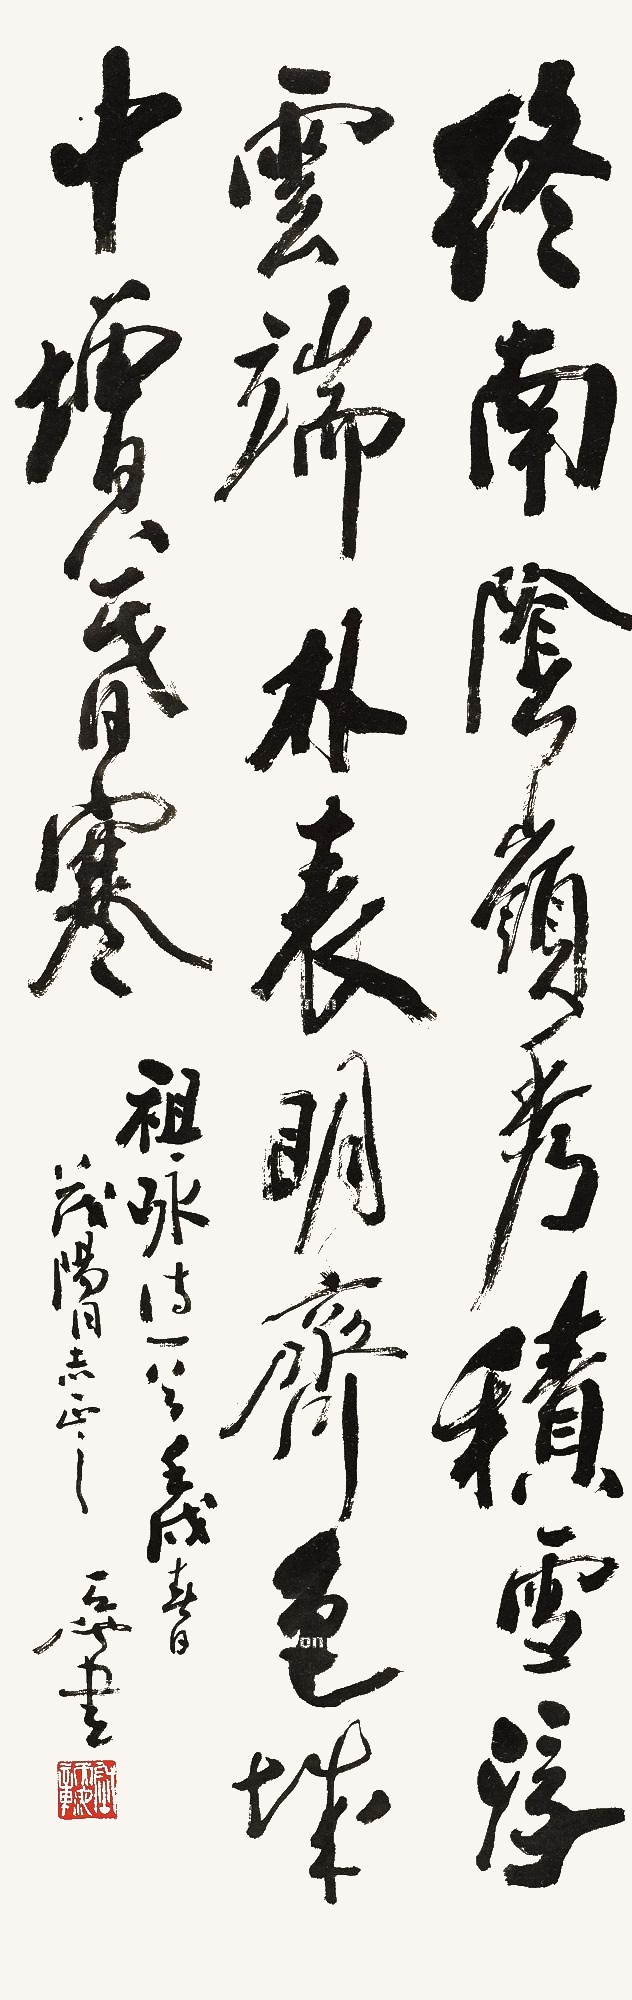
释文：终南阴岭秀，积雪浮云端。林表明霁色，城中增暮寒。壬戌春日，茂阳同志正之，天池书。